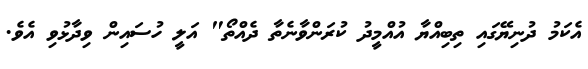
އެކަމު ދުނިޔޭގައި ތިބިއްޔާ އުއްމީދު ކުރަންވާނެތާ ދެއްތޯ" އަލީ ހުސައިން ވިދާޅުވި އެވެ.